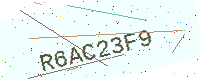
Text: R6AC23F9